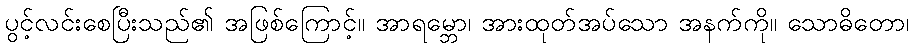
ပွင့်လင်းစေပြီးသည်၏ အဖြစ်ကြောင့်။ အာရမ္ဘော၊ အားထုတ်အပ်သော အနက်ကို။ သောဓိတော၊